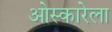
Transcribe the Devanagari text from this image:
ओस्कारेला